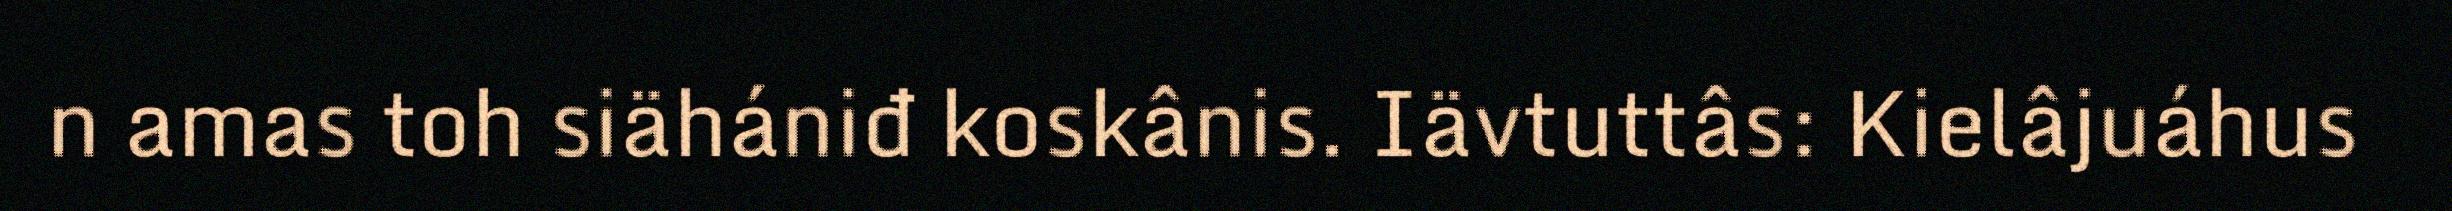
n amas toh siähániđ koskânis. Iävtuttâs: Kielâjuáhus